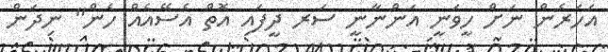
އަހަރެން ނަށް ހީވަނީ އަންނާނީ ސަރ ދީފައި އޮތް އެސޭއެއް ހެން" ނިދަން